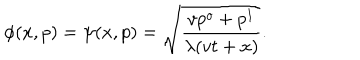
\phi ( x , p ) = \psi ( x , p ) = \sqrt { \frac { v p ^ { o } + p ^ { 1 } } { \lambda ( v t + x ) } } .